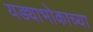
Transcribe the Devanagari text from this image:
यड्याभोकाच्या